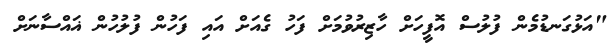
"އަޅުގަނޑުމެން ފުލުސް އޮފީހަށް ހާޒިރުވުމަށް ފަހު ގެއަށް އައި ފަހުން ފުލުހުން ޣައްސާނަށް